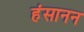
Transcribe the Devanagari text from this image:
हंसानन